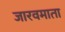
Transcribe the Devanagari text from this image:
जारवमाता